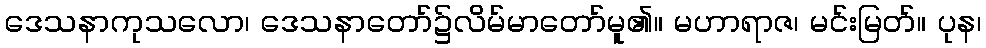
ဒေသနာကုသလော၊ ဒေသနာတော်၌လိမ်မာတော်မူ၏။ မဟာရာဇ၊ မင်းမြတ်။ ပုန၊